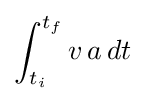
\int _{t_{i}}^{t_{f}}v\,a\,dt